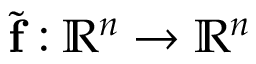
\widetilde { \mathbf f } : \mathbb R ^ { n } \to \mathbb R ^ { n }